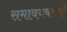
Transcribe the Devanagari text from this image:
समावयवताएँ